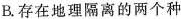
B.存在地理隔离的两个种